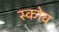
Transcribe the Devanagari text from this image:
स्‍कोव